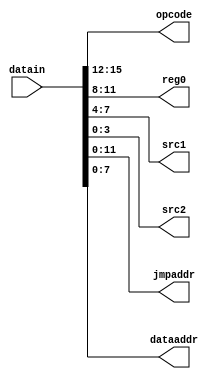
module decode(datain,opcode,reg0,src1,src2,jmpaddr,dataaddr);
	input [15:0] datain;
	output [3:0] opcode,reg0,src1,src2;
	output [11:0] jmpaddr;
	output [7:0] dataaddr;
	assign opcode = datain[15:12];
	assign reg0 = datain[11:8];
	assign src1 = datain[7:4];
	assign src2 = datain[3:0];
	assign jmpaddr = datain[11:0];
	assign dataaddr = datain[7:0];
endmodule